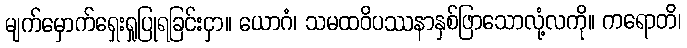
မျက်မှောက်ရှေးရှုပြုရခြင်းငှာ။ ယောဂံ၊ သမထဝိပဿနာနှစ်ဖြာသောလုံ့လကို။ ကရောတိ၊